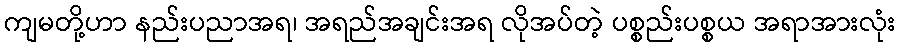
ကျမတို့ဟာ နည်းပညာအရ၊ အရည်အချင်းအရ လိုအပ်တဲ့ ပစ္စည်းပစ္စယ အရာအားလုံး